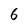
Character: 6